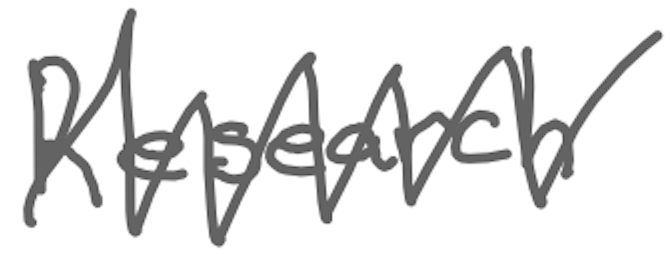
Text: Research
Cross-out: zig-zag
Writing tool: digital_gray